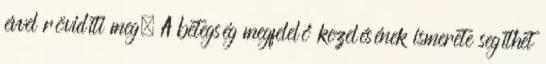
évvel rövidíti meg. A betegség megfelelő kezelésének ismerete segíthet